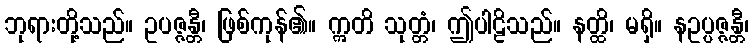
ဘုရားတို့သည်။ ဥပဇ္ဇန္တီ၊ ဖြစ်ကုန်၏။ ဣတိ သုတ္တံ၊ ဤပါဠိသည်။ နတ္ထိ၊ မရှိ။ နဥပ္ပဇ္ဇန္တီ၊